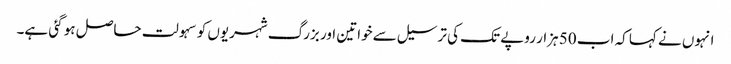
انہوں نے کہا کہ اب 50 ہزار روپے تک کی ترسیل سے خواتین اور بزرگ شہریوں کو سہولت حاصل ہو گئی ہے۔